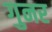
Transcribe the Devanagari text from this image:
गुनर